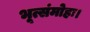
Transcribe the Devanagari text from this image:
भूत्संमोहः।